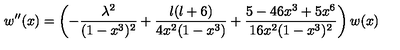
w ^ { \prime \prime } ( x ) = \left( - \frac { \lambda ^ { 2 } } { ( 1 - x ^ { 3 } ) ^ { 2 } } + \frac { l ( l + 6 ) } { 4 x ^ { 2 } ( 1 - x ^ { 3 } ) } + \frac { 5 - 4 6 x ^ { 3 } + 5 x ^ { 6 } } { 1 6 x ^ { 2 } ( 1 - x ^ { 3 } ) ^ { 2 } } \right) w ( x ) \,